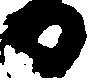
日